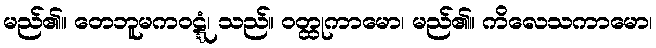
မည်၏။ တေဘူမကဝဋ္ဋံ၊ သည်။ ဝတ္ထုကာမော၊ မည်၏။ ကိလေသကာမော၊